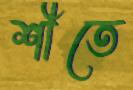
শীতে